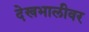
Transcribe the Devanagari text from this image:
देखभालीवर